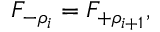
F _ { - \rho _ { i } } = F _ { + \rho _ { i + 1 } } ,